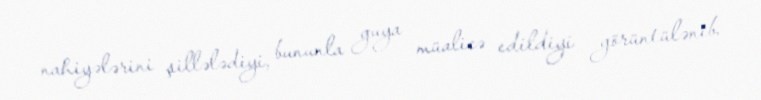
nahiyələrini şillələdiyi, bununla guya müalicə edildiyi görüntülənib.